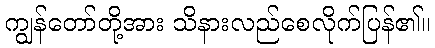
ကျွန်တော်တို့အား သိနားလည်စေလိုက်ပြန်၏။